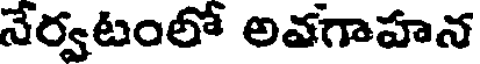
నేర్వటంలో అవగాహన